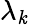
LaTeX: \lambda_{\mathit{k}}